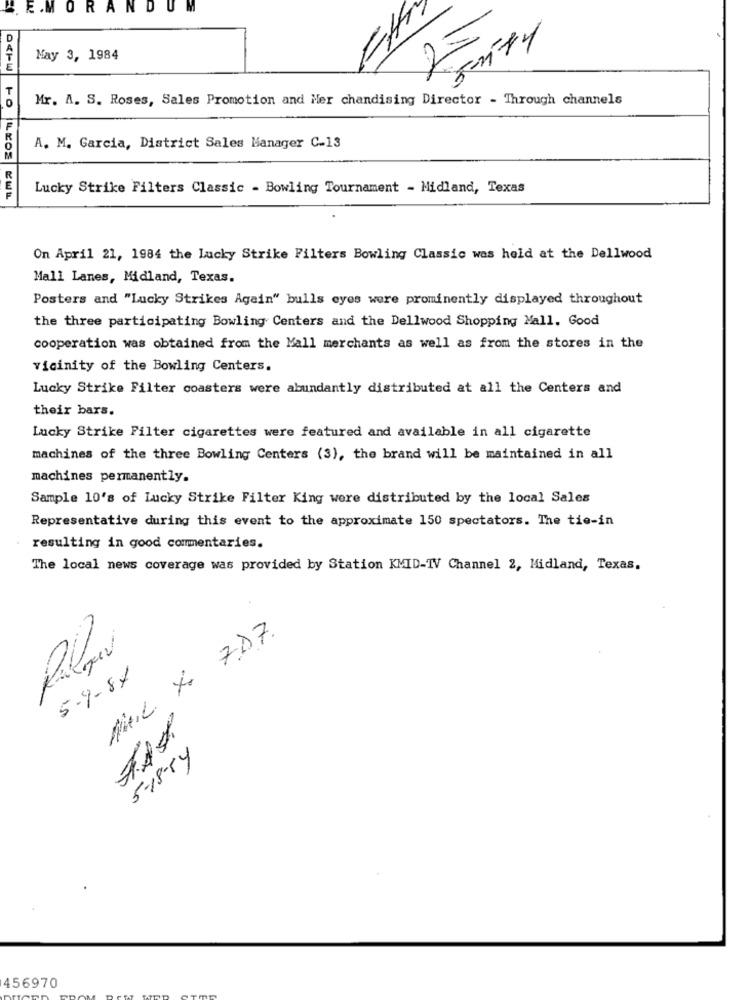
. E.MORAN
DUM
EHr
May 3, 1984
T
Mr. A. S. Roses, Sales Promotion and Mer chandising Director - Through channels
A. M. Garcia, District Sales Manager C-13
Lucky Strike Filters Classic - Bowling Tournament - Midland, Texas
On April 21, 1984 the Lucky Strike Filters Bowling Classic was held at the Dellwood
Mall Lanes, Midland, Texas.
Posters and "Lucky Strikes Again" bulls eyes were prominently displayed throughout
the three participating Bowling Centers and the Dellwood Shopping Mall. Good
cooperation was obtained from the Mall merchants as well as from the stores in the
vicinity of the Bowling Centers.
Lucky Strike Filter coasters were abundantly distributed at all the Centers and
their bars.
Lucky Strike Filter cigarettes were featured and available in all cigarette
machines of the three Bowling Centers (3), the brand will be maintained in all
machines permanently.
Sample 10's of Lucky Strike Filter King were distributed by the local Sales
Representative during this event to the approximate 150 spectators. The tie-in
resulting in good commentaries.
The local news coverage was provided by Station KMID-TV Channel 2, Midland, Texas.
MAIL. Xx 7.D.7.
5.9-87
5-18-84
456970